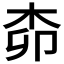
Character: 𱣊